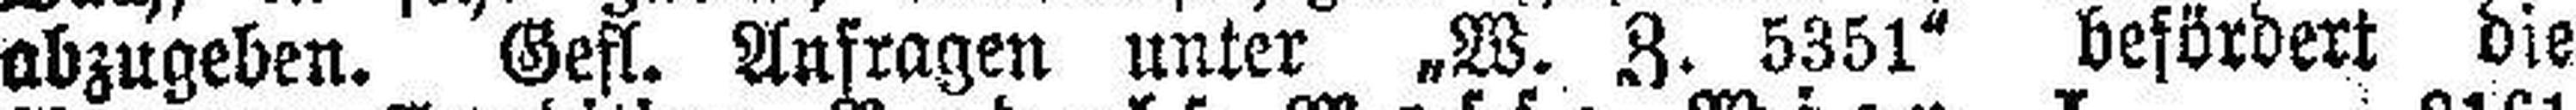
abzugeben. Gest. Anfragen unter „W. Z. 5351“ befördert die